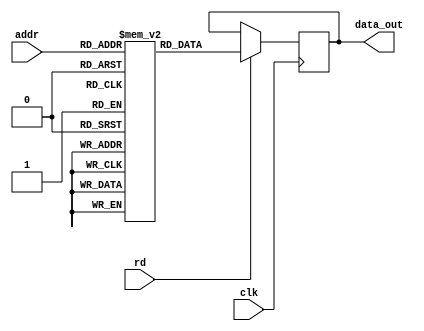
module rom_memory(
  input clk,
  input [ADDR_WIDTH-1:0] addr,
  input rd,
  output reg [7:0] data_out
);
	parameter FILENAME = "";

  parameter integer ADDR_WIDTH = 8;

  reg [7:0] rom[0:(2 ** ADDR_WIDTH)-1] /* verilator public_flat */;
  
  initial
  begin
    if (FILENAME!="")
		  $readmemh(FILENAME, rom);
  end

  always @(posedge clk)
  begin
	if (rd)
		data_out <= rom[addr];
  end
endmodule